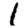
Digit: 1